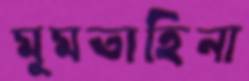
মুমতাহিনা